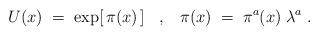
LaTeX: \begin{align*}U(x) \;=\; \exp [\,\pi (x)\,] \;\;\;,\;\;\;\pi (x) \;=\; \pi^a (x) \;\lambda^a \;.\end{align*}